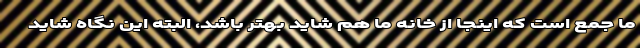
ما جمع است که اینجا از خانه ما هم شاید بهتر باشد، البته این نگاه شاید